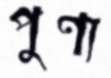
পুণ্য